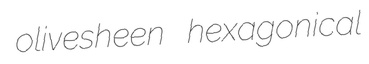
olivesheen hexagonical